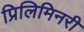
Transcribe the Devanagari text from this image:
प्रिलिमिनरी